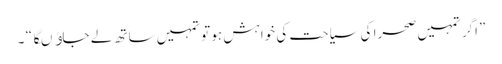
”اگر تمہیں صحرا کی سیاحت کی خواہش ہو تو تمہیں ساتھ لے جاﺅںگا “ ۔